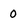
Character: 0